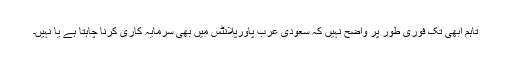
تاہم ابھی تک فوری طور پر واضح نہیں کہ سعودی عرب پاورپلانٹس میں بھی سرمایہ کاری کرنا چاہتا ہے یا نہیں۔